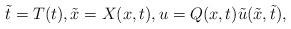
LaTeX: \begin{align*} \tilde{t}=T(t), \tilde{x}=X(x,t),u=Q(x,t)\tilde{u}(\tilde{x},\tilde{t}),\end{align*}